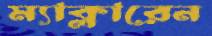
ম্যাক্লারেন